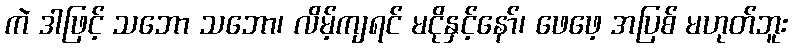
ကဲ ဒါဖြင့် သဘော သဘော၊ လိမ့်ကျရင် မငိုနှင့်နော်၊ ဖေဖေ့ အပြစ် မဟုတ်ဘူး